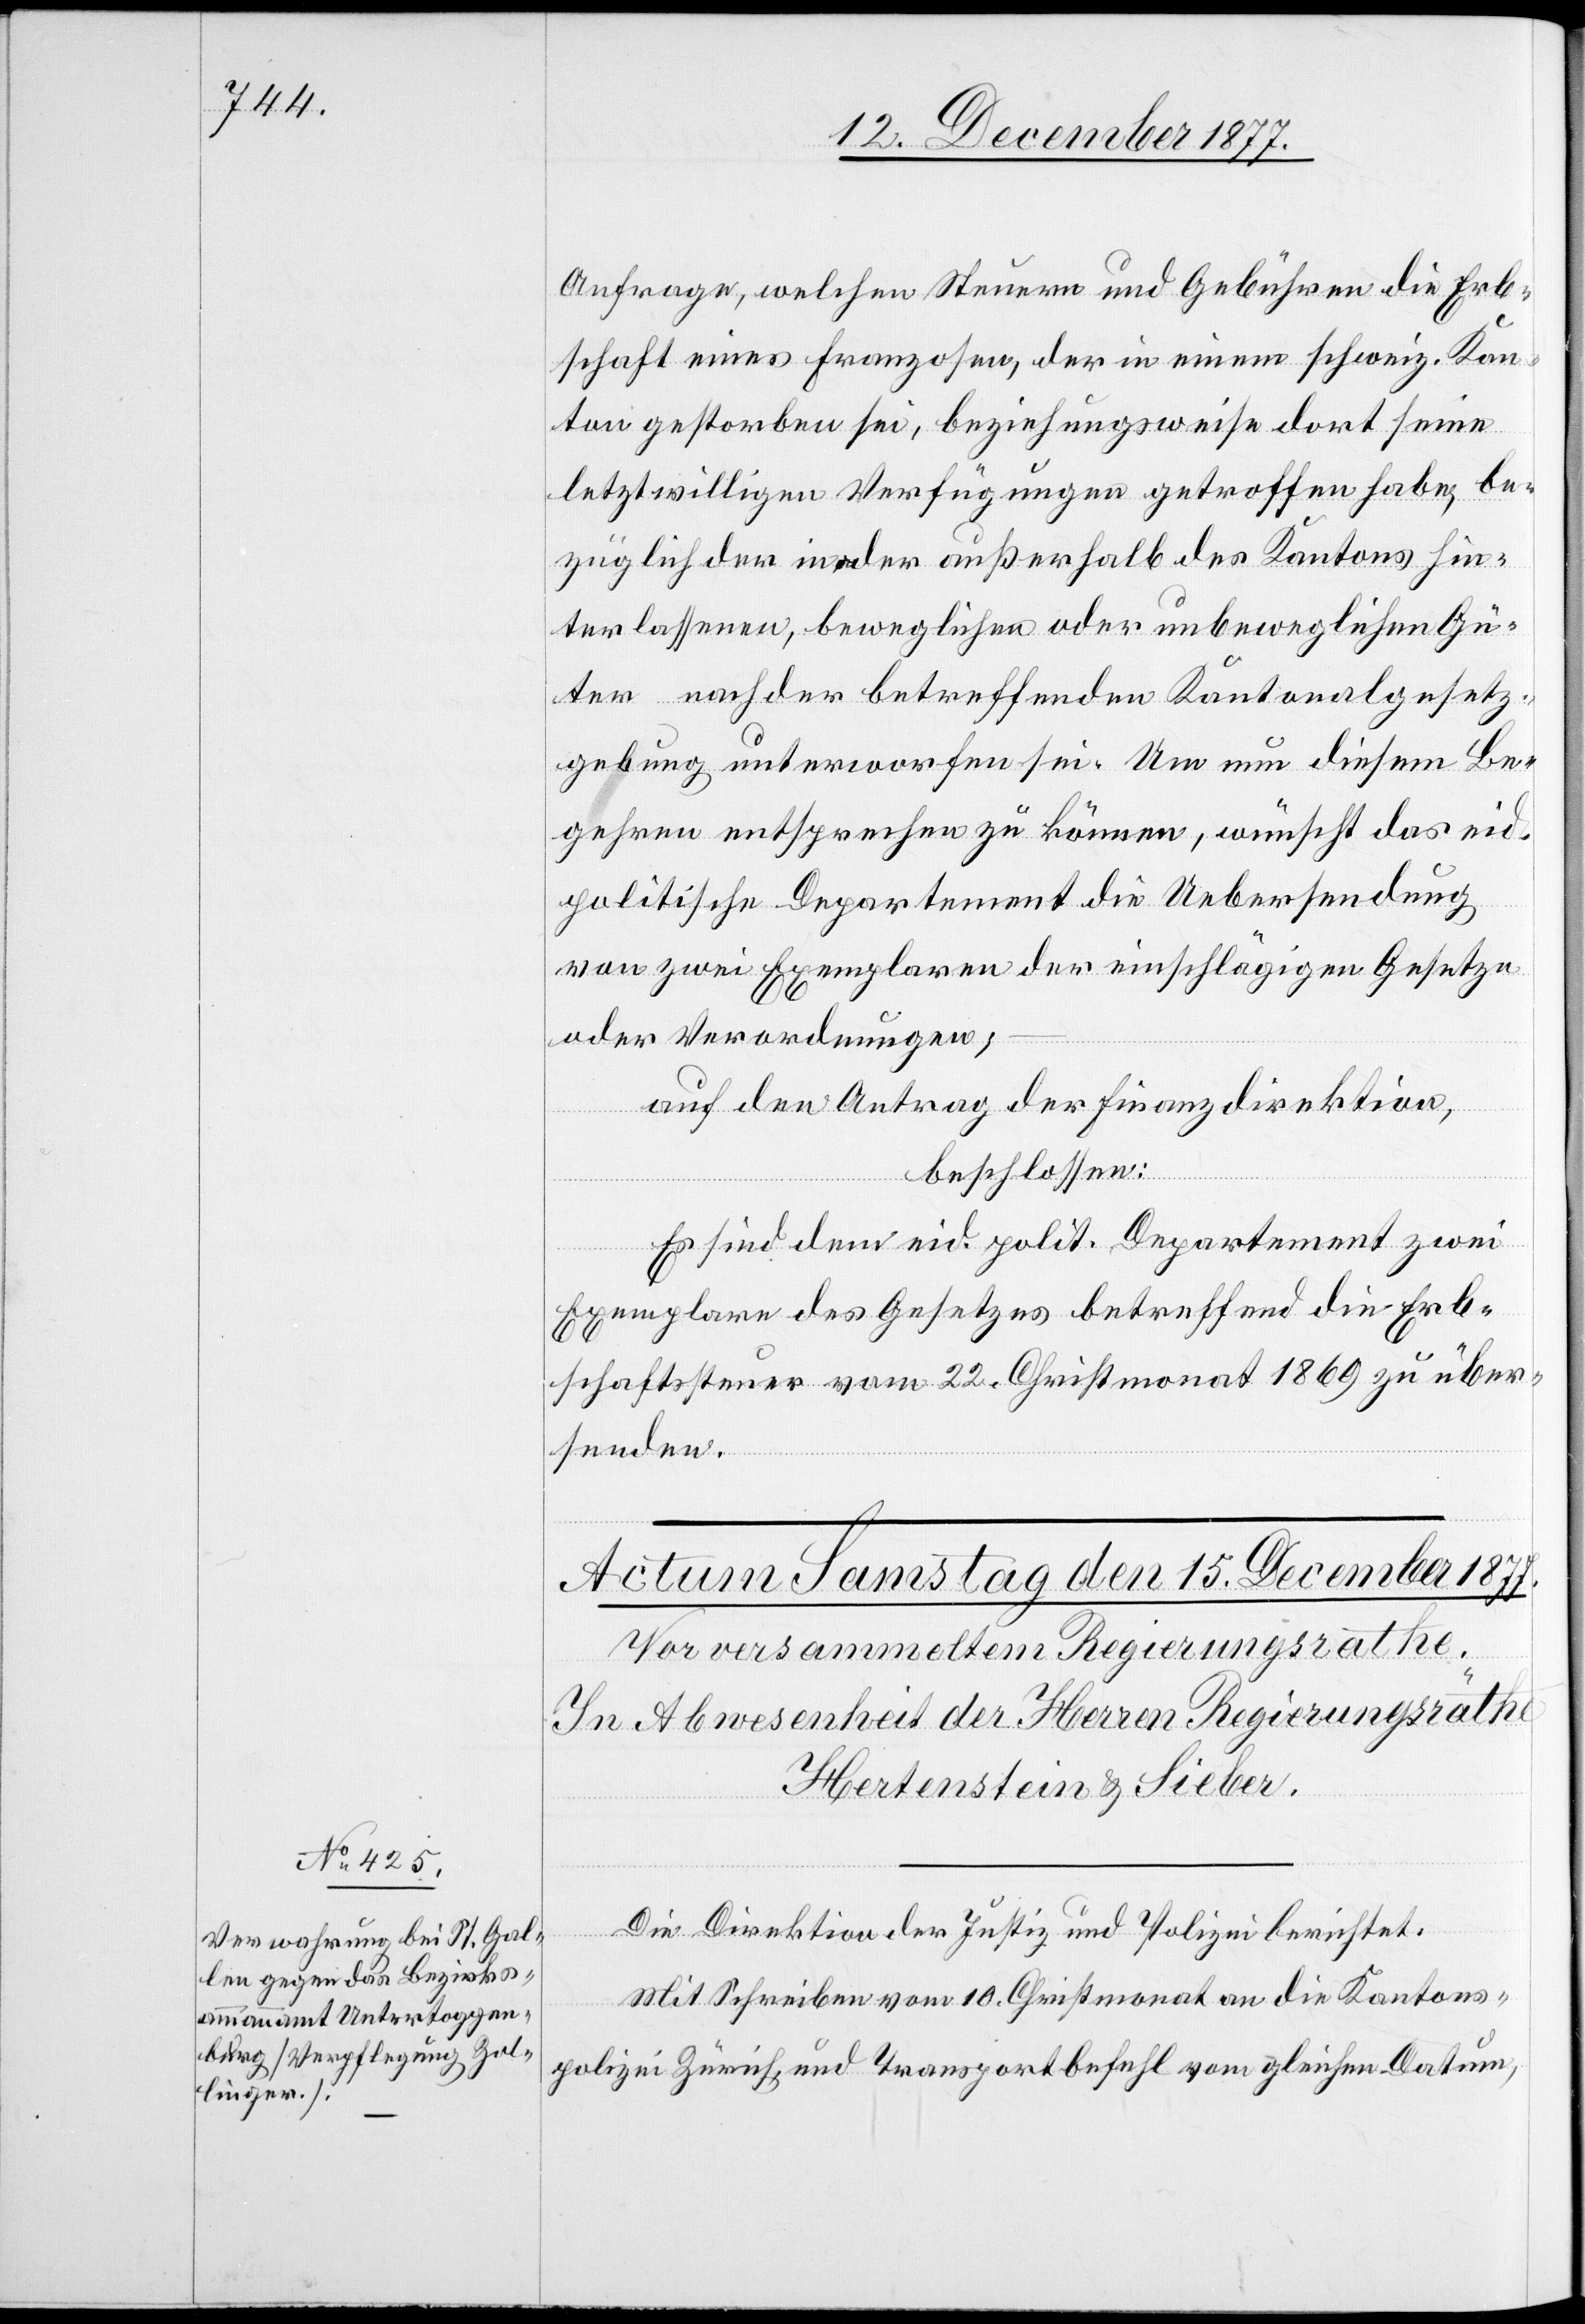
Anfrage, welchen Steuern und Gebühren die Erb¬
schaft eines Franzosen, der in einem schweiz. Kan¬
ton gestorben sei, beziehungsweise dort seine
letztwilligen Verfügungen getroffen habe, be¬
züglich der in der außerhalb des Kantons hin¬
terlassenen, beweglichen oder unbeweglichen Gü¬
ter nach der betreffenden Kantonalgesetz¬
gebung unterworfen sei. Um nun diesem Be¬
gehren entsprechen zu können, wünscht das eid.
politische Departement die Uebersendung
von zwei Exemplaren der einschlägigen Gesetze
oder Verordnungen;
auf den Antrag der Finanzdirektion,
beschlossen:
Es sind dem eid. polit. Departement zwei
Exemplare des Gesetzes betreffend die Erb¬
schaftssteuer vom 22. Christmonat 1869 zu über¬
senden.
Die Direktion der Justiz und Polizei berichtet:
Mit Schreiben vom 10. Christmonat an die Kantons¬
polizei Zürich und Transportbefehl vom gleichen Datum,